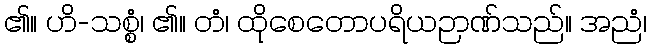
၏။ ဟိ-သစ္စံ၊ ၏။ တံ၊ ထိုစေတောပရိယဉာဏ်သည်။ အညံ၊